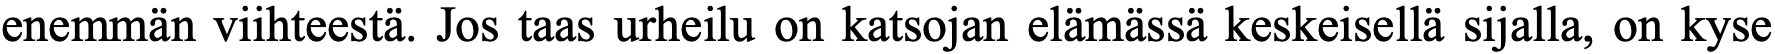
enemmän viihteestä. Jos taas urheilu on katsojan elämässä keskeisellä sijalla, on kyse